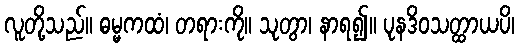
လူတို့သည်။ ဓမ္မကထံ၊ တရားကို။ သုတွာ၊ နာရ၍။ ပုနဒိဝသတ္ထာယပိ၊